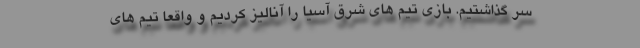
سر گذاشتیم. بازی تیم های شرق آسیا را آنالیز کردیم و واقعا تیم های